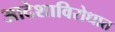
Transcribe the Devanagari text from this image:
आदेशाविरोधात